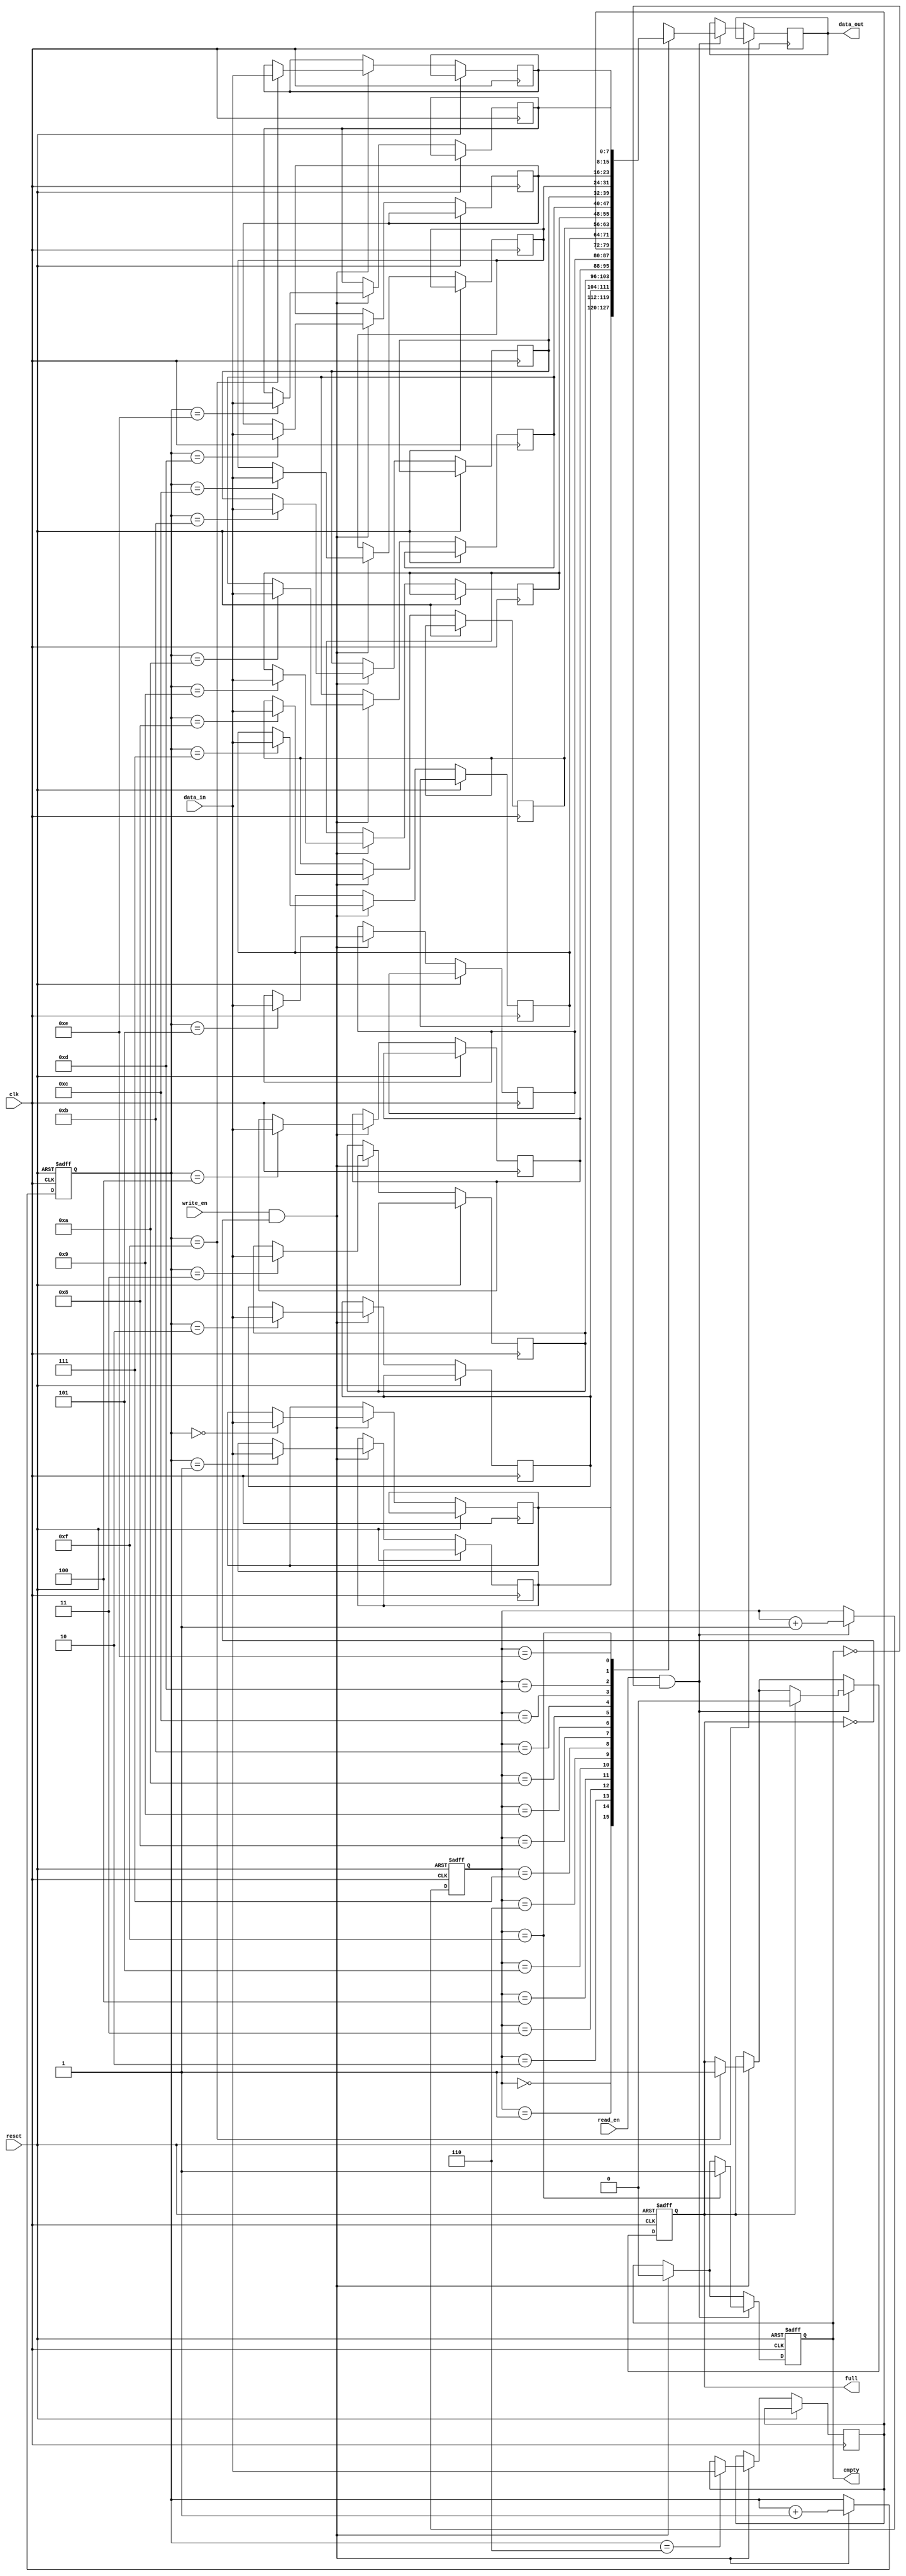
module GrayFIFO (
    input wire clk,
    input wire reset,
    input wire write_en,
    input wire read_en,
    input wire [DATA_WIDTH-1:0] data_in,
    output reg [DATA_WIDTH-1:0] data_out,
    output reg full,
    output reg empty
);

parameter DATA_WIDTH = 8; // Define width of data

reg [DATA_WIDTH-1:0] memory [15:0]; // FIFO memory
reg [3:0] write_pointer; // Write pointer
reg [3:0] read_pointer; // Read pointer

always @(posedge clk or posedge reset) begin
    if (reset) begin
        write_pointer <= 4'b0000;
        read_pointer <= 4'b0000;
        full <= 0;
        empty <= 1;
    end else begin
        if (write_en && !full) begin
            memory[write_pointer] <= data_in;
            write_pointer <= write_pointer + 1;
            if (write_pointer == 4'b1111) begin
                full <= 1;
            end
            if (empty) begin
                empty <= 0;
            end
        end
        if (read_en && !empty) begin
            data_out <= memory[read_pointer];
            read_pointer <= read_pointer + 1;
            if (read_pointer == 4'b1111) begin
                empty <= 1;
            end
            if (full) begin
                full <= 0;
            end
        end
    end
end

endmodule